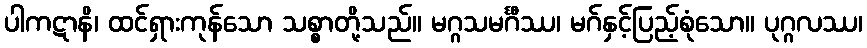
ပါကဋာနိ၊ ထင်ရှားကုန်သော သစ္စာတို့သည်။ မဂ္ဂသမင်္ဂီဿ၊ မဂ်နှင့်ပြည့်စုံသော။ ပုဂ္ဂလဿ၊